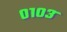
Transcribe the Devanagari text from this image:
०१०३